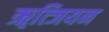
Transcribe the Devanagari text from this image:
ॠत्जियन